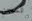
لسجن